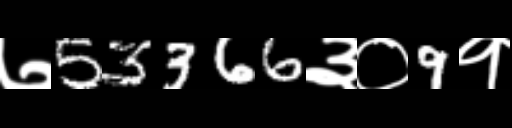
Text: ७53366३०9१